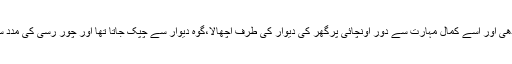
رپورٹ کے مطابق چوروں نے گوہ کی کمر سے نائیلون کی رسی باندھی اور اسے کمال مہارت سے دور اونچائی پرگھر کی دیوار کی طرف اچھالا،گوہ دیوار سے چپک جاتا تھا اور چور رسی کی مدد سے دوسری یا تیسری منزل تک پہنچتا اور واردات کرکے نیچے اترتا۔